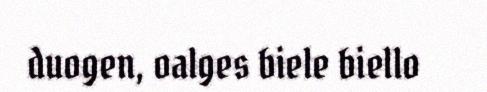
duogen, oalges biele biello